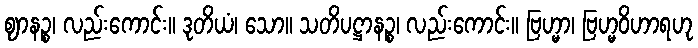
ဈာနဉ္စ၊ လည်းကောင်း။ ဒုတိယံ၊ သော။ သတိပဋ္ဌာနဉ္စ၊ လည်းကောင်း။ ဗြဟ္မာ၊ ဗြဟ္မဝိဟာရဟု